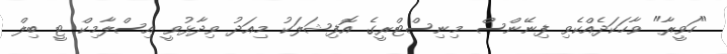
"ހަވީރާ" ވާހަކަދެއްކެވި ފިނޭންސް މިނިސްޓްރީގެ އޮފިޝަލަކު މިއަދު ވިދާޅުވީ އިސްލާމިކް ޓީ ބިލް